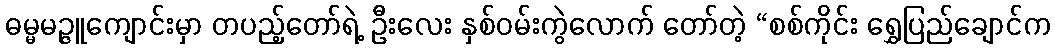
ဓမ္မမဉ္ဇူကျောင်းမှာ တပည့်တော်ရဲ့ ဦးလေး နှစ်ဝမ်းကွဲလောက် တော်တဲ့ “စစ်ကိုင်း ရွှေပြည်ချောင်က